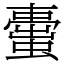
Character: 蟗